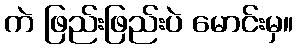
ကဲ ဖြည်းဖြည်းပဲ မောင်းမှ။